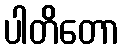
ပါတိတော